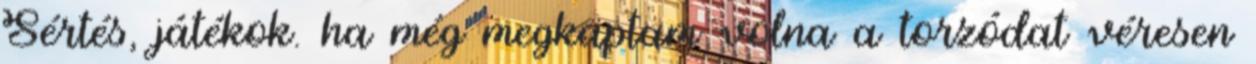
Sértés, játékok. ha még megkaptam volna a torzódat véresen